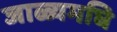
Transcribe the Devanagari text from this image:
जाळ्यमघि